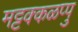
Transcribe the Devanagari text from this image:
मट्टक्कळप्पु